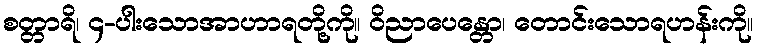
စတ္တာရိ၊ ၄-ပါးသောအာဟာရတို့ကို။ ဝိညာပေန္တော၊ တောင်းသောရဟန်းကို။